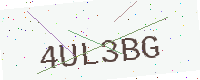
Text: 4UL3BG